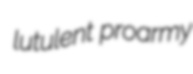
lutulent proarmy